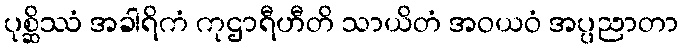
ပုစ္ဆိဿံ အခါရိကံ ကုဌာရီဟီတိ သာယိတံ အဝယဝံ အပ္ပညာတာ